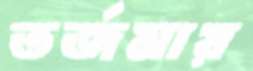
তর্জমায়